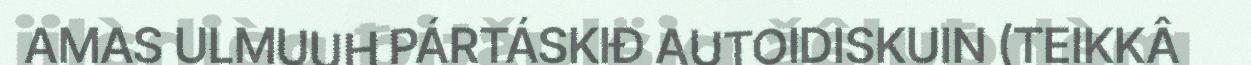
AMAS ULMUUH PÁRTÁSKIĐ AUTOIDISKUIN (TEIKKÂ